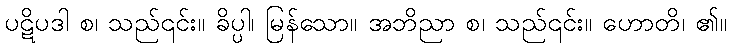
ပဋိပဒါ စ၊ သည်၎င်း။ ခိပ္ပါ၊ မြန်သော။ အဘိညာ စ၊ သည်၎င်း။ ဟောတိ၊ ၏။